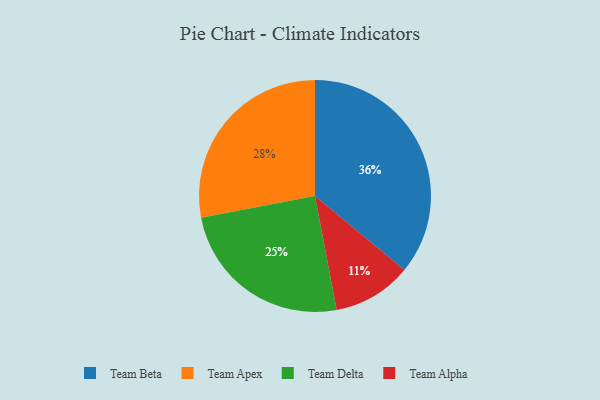
{"axis": {"x": "Category", "y": "Percentage"}, "legend": ["Team Alpha", "Team Apex", "Team Beta", "Team Delta"], "data": [{"x": "Team Beta", "y": 36, "type": "Team Beta"}, {"x": "Team Delta", "y": 25, "type": "Team Delta"}, {"x": "Team Alpha", "y": 11, "type": "Team Alpha"}, {"x": "Team Apex", "y": 28, "type": "Team Apex"}]}